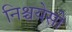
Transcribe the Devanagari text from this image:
निश्चयेसी